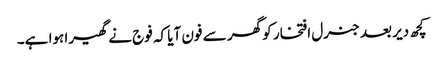
کچھ دیر بعد جنرل افتخار کو گھر سے فون آیا کہ فوج نے گھیرا ہوا ہے۔